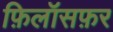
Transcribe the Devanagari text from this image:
फ़िलॉसफ़र